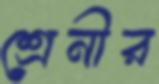
শ্রেনীর